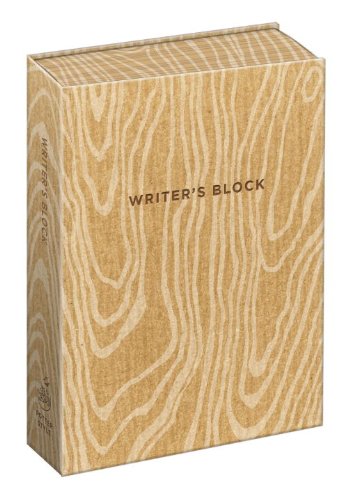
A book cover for Writer's Block Journal; Potter Style; Arts & Photography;